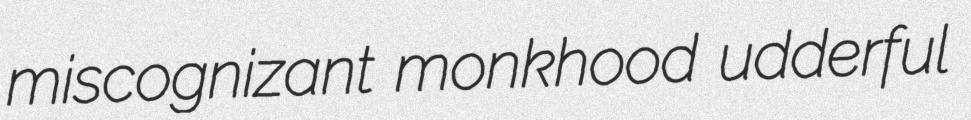
miscognizant monkhood udderful